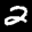
Label: 2